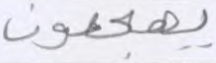
يهجعون